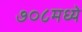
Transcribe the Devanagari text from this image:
७०८मध्ये